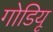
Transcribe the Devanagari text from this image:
गोडियू